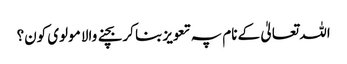
اللہ تعالیٰ کے نام پہ تعویز بنا کر بچنے والا مولوی کون؟